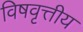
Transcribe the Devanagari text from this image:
विषवृत्तीय